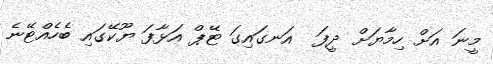
މީނަ އަށް ހިމާޔަށް ދީފަ  އަނގައިގަ ޓޭޕް އަޅާފަ ޔޫކޭގައި ބެހެއްޓޭނެ